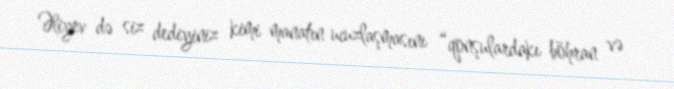
Əliyev də siz dediyiniz kimi manatın ucuzlaşmasını “qonşulardakı böhran və